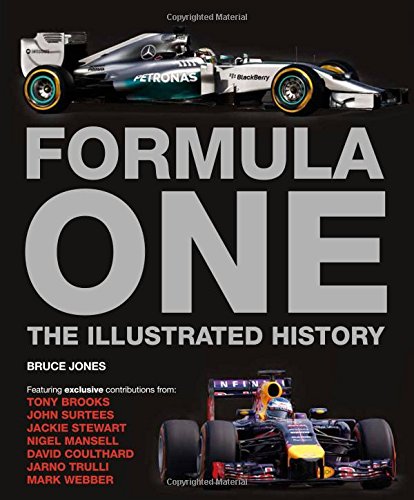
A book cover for Formula One: The Illustrated History; Bruce Jones; Sports & Outdoors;